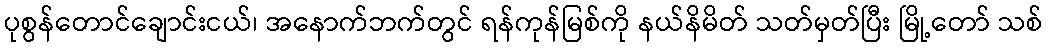
ပုစွန်တောင်ချောင်းငယ်၊ အနောက်ဘက်တွင် ရန်ကုန်မြစ်ကို နယ်နိမိတ် သတ်မှတ်ပြီး မြို့တော် သစ်